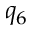
q _ { 6 }